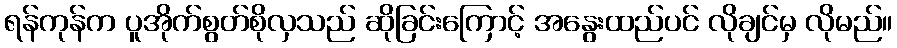
ရန်ကုန်က ပူအိုက်စွတ်စိုလှသည် ဆိုခြင်းကြောင့် အနွေးထည်ပင် လိုချင်မှ လိုမည်။